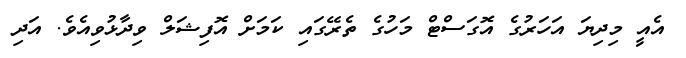
އެއީ މިދިޔަ އަހަރުގެ އޮގަސްޓް މަހުގެ ތެރޭގައި ކަމަށް އޮފިޝަލް ވިދާޅުވިއެވެ. އަދި